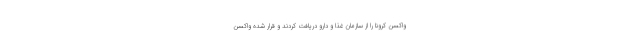
واکسن کرونا را از سازمان غذا و دارو دریافت کردند و قرار شده واکسن